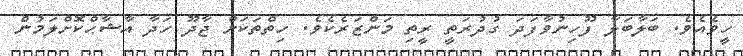
ހީވެއެވެ. ބަލާބަލާ ފޫހިނުވާފަދަ ގުދުރަތީ ރީތި މަންޒަރެކެވެ. ހިތްތަކަށް ޖާދޫ ހަދާ އާޝާޙްކޮށްލަމުން